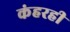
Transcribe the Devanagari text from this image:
कंहरही